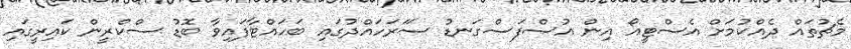
މެޗުތައް ދެއްކުމަށް އެސްޓީއޯ އިން އުސްފަސްގަނޑު ސަަރަހައްދުގައި ބަހައްޓާފައިވާ ބޮޑު ސްކްރީން ކައިރީގައި